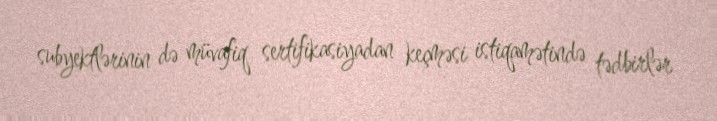
subyektlərinin də müvafiq sertifikasiyadan keçməsi istiqamətində tədbirlər